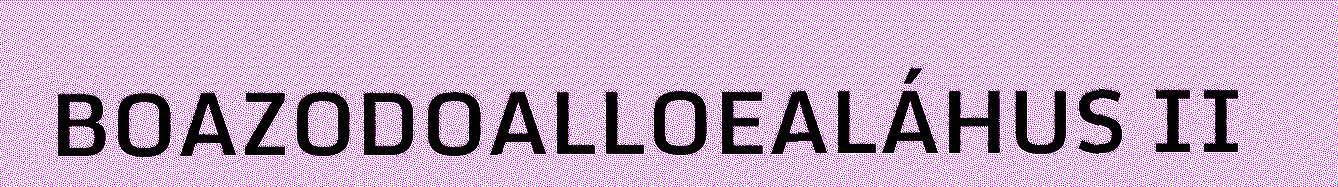
BOAZODOALLOEALÁHUS II